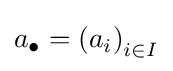
a_{\bullet }=\left(a_{i}\right)_{i\in I}